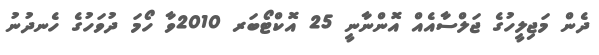
ދެން މަޖިލީހުގެ ޖަލްސާއެއް އޮންނާނީ 25 އޮކްޓޯބަރ 2010ވާ ހޯމަ ދުވަހުގެ ހެނދުނު